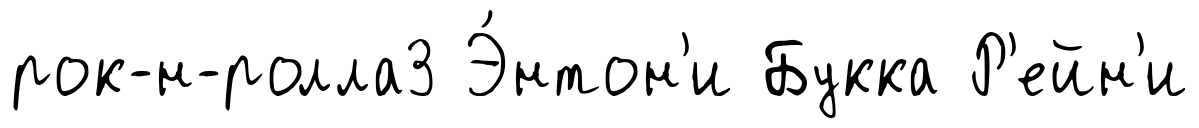
рок-н-ролла3 Э́нтон'и Букка Р'ейн'и